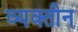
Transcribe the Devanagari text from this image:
व्यक्तीन